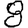
Digit: 8